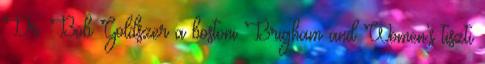
Dr. Bob Goldszer a bostoni Brigham and Women’s tiszti